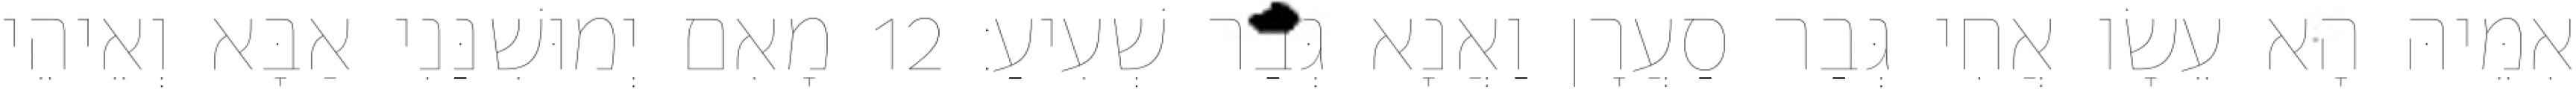
אִמֵּיהּ הָא עֵשָׂו אֲחִי גְּבַר סַעֲרָן וַאֲנָא גְּבַר שְׁעִיעַ׃ 12 מָאִם יְמוּשִׁנַּנִי אַבָּא וְאֵיהֵי